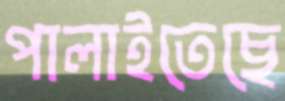
পালাইতেছে